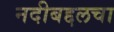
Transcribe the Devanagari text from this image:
नदीबद्दलचा